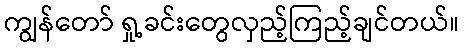
ကျွန်တော် ရှု့ခင်းတွေလှည့်ကြည့်ချင်တယ်။